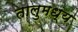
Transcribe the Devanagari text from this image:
तालुमध्य